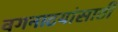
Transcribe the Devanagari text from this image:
वगनाटयांसाठी